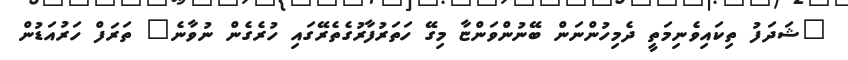
"ޝަދަފު ތިކައިވެނިމަތީ ދެމިހުންނަން ބޭނުންވަންޏާ މިގޭ ހަތަރުފާރުގެތެރޭގައި ހުރެގެން ނުވާނެ" ތަރަފް ހަރުއަޑުން